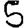
Digit: 5